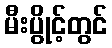
မီးပွိုင့်တွင်